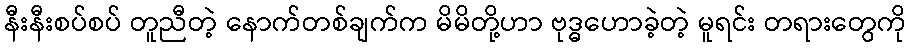
နီးနီးစပ်စပ် တူညီတဲ့ နောက်တစ်ချက်က မိမိတို့ဟာ ဗုဒ္ဓဟောခဲ့တဲ့ မူရင်း တရားတွေကို